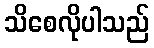
သိစေလိုပါသည်